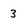
Character: 3